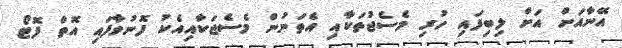
އޭނާއަށް އަށް ލިބިފައި ހުރި މެސެޖުތަކާއި އެތަނުން މެސެޖަކާއިއެކު ފޮނުވާފައި އޮތް ފޮޓޯ